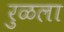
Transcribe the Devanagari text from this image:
रुळला